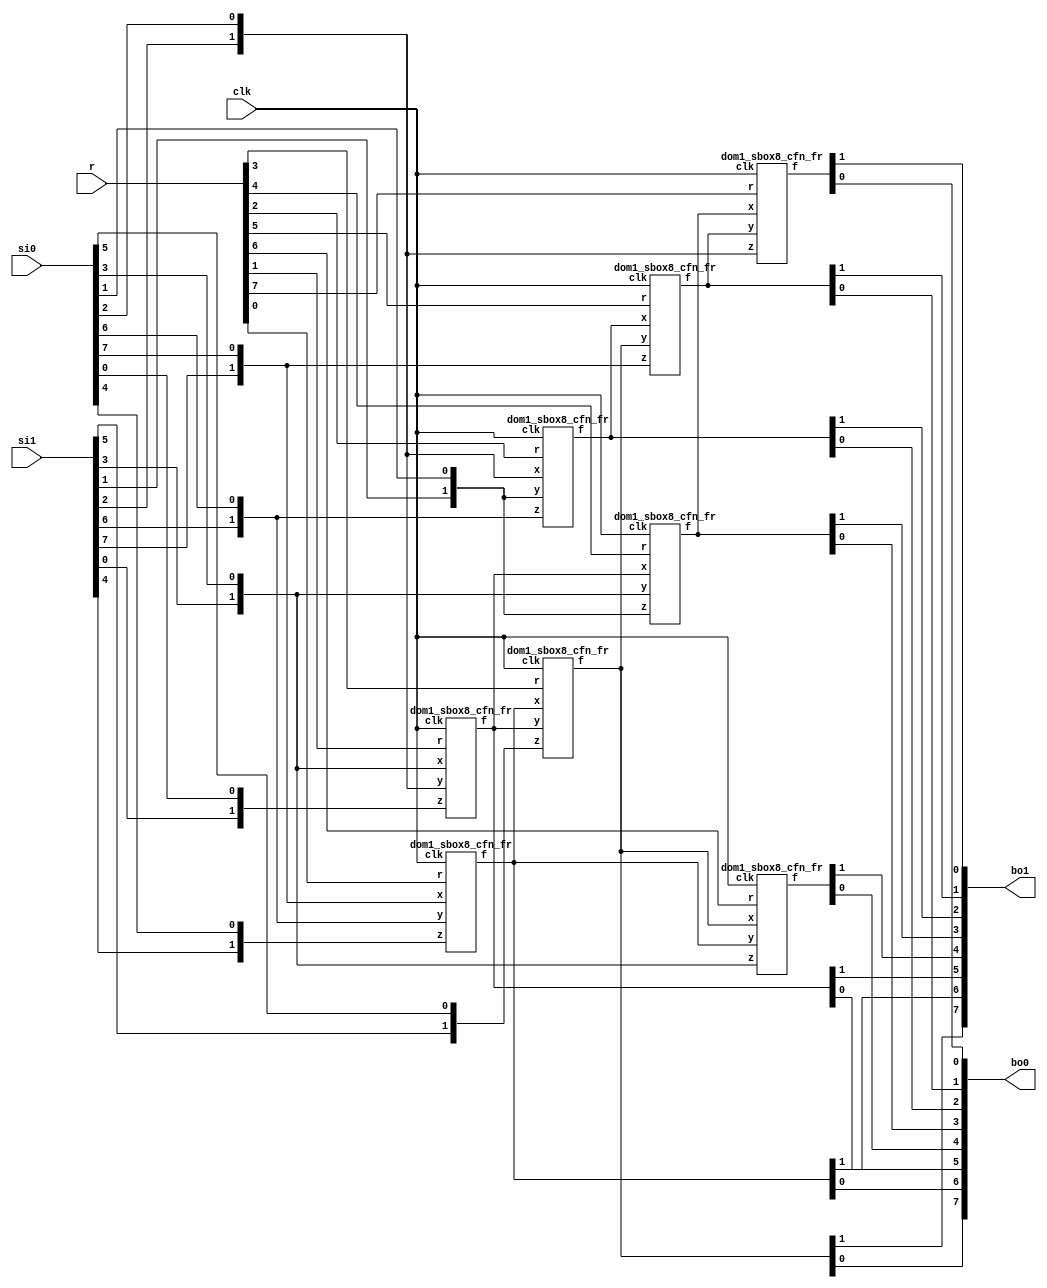
/*
 Designer: Mustafa Khairallah
 Nanyang Technological University
 Singapore
 Date: July, 2021
 */

// The DOM-Indep multiplier based sbox8 with registered
// shares. Takes 4 cycles. Non-pipelined, so the input
// must remain stable for 4 cycles, including the 
// refreshing mask r.
module skinny_sbox8_dom1_non_pipelined (/*AUTOARG*/
   // Outputs
   bo1, bo0,
   // Inputs
   si1, si0, r, clk
   ) ;
   output [7:0] bo1; // share 1
   output [7:0] bo0; // share 0

   input [7:0] 	si1; // share 1
   input [7:0] 	si0; // share 0
   input [7:0]  r;   // refreshing mask
   input        clk;
   
   wire [1:0]   bi7;
   wire [1:0]   bi6;
   wire [1:0]   bi5;
   wire [1:0]   bi4;
   wire [1:0]   bi3;
   wire [1:0]   bi2;
   wire [1:0]   bi1;
   wire [1:0]   bi0;

   wire [1:0]   a7;
   wire [1:0]   a6;
   wire [1:0]   a5;
   wire [1:0]   a4;
   wire [1:0]   a3;
   wire [1:0]   a2;
   wire [1:0]   a1;
   wire [1:0]   a0;
 
   assign bi0 = {si1[0],si0[0]};
   assign bi1 = {si1[1],si0[1]};
   assign bi2 = {si1[2],si0[2]};
   assign bi3 = {si1[3],si0[3]};
   assign bi4 = {si1[4],si0[4]};
   assign bi5 = {si1[5],si0[5]};
   assign bi6 = {si1[6],si0[6]};
   assign bi7 = {si1[7],si0[7]};
   
   dom1_sbox8_cfn_fr b764 (a0,bi7,bi6,bi4,r[0],clk);
   dom1_sbox8_cfn_fr b320 (a1,bi3,bi2,bi0,r[1],clk);
   dom1_sbox8_cfn_fr b216 (a2,bi2,bi1,bi6,r[2],clk);
   dom1_sbox8_cfn_fr b015 (a3,a0, a1, bi5,r[3],clk);
   dom1_sbox8_cfn_fr b131 (a4,a1, bi3,bi1,r[4],clk);
   dom1_sbox8_cfn_fr b237 (a5,a2, a3, bi7,r[5],clk);
   dom1_sbox8_cfn_fr b303 (a6,a3, a0, bi3,r[6],clk);
   dom1_sbox8_cfn_fr b422 (a7,a4, a5, bi2,r[7],clk);

   assign {bo1[6],bo0[6]} = a0;
   assign {bo1[5],bo0[5]} = a1;
   assign {bo1[2],bo0[2]} = a2;
   assign {bo1[7],bo0[7]} = a3;
   assign {bo1[3],bo0[3]} = a4;
   assign {bo1[1],bo0[1]} = a5;
   assign {bo1[4],bo0[4]} = a6;
   assign {bo1[0],bo0[0]} = a7;
   
endmodule // skinny_sbox8_dom1_non_pipelined

// The core registered function of the skinny sbox8.
// fr: fully registered, all and operations are
// registered.
// cfn: core function
// The core function is basically (x nor y) xor z
// We use de morgan's law to convert it to:
// ((~x) and (~y)) xor z and use the DOM-Indep
// multiplier for the and gate. We add the shares of
// z to the independent and gates and register the
// output of (a and b) xor c, while for the mixed
// shares we also use (a and b) xor c, but c is the
// fresh randomness.
module dom1_sbox8_cfn_fr (/*AUTOARG*/
   // Outputs
   f,
   // Inputs
   x, y, z, r, clk
   ) ;
   output [1:0]        f;
   input [1:0]         x, y, z;   
   input               r, clk;

   reg [1:0]    g, t;
   always @ (posedge clk) begin
      g[1] <= (~x[1]) & (~y[1]) ^ z[1];
      g[0] <=   x[0]  &   y[0]  ^ z[0];
      
      t[1] <= ((~x[1]) &  y[0] ) ^ r;
      t[0] <= ((~y[1]) &  x[0] ) ^ r;
   end   

   assign f[0] = t[0] ^ g[0];
   assign f[1] = t[1] ^ g[1];
   
endmodule // dom1_sbox8_cfn_fr